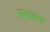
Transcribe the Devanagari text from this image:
सरळच